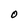
Character: O